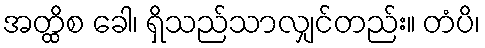
အတ္ထိစ ခေါ၊ ရှိသည်သာလျှင်တည်း။ တံပိ၊